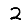
Digit: 2